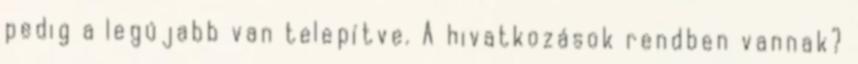
pedig a legújabb van telepítve. A hivatkozások rendben vannak?